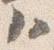
ハ